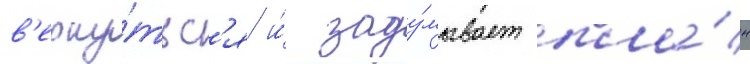
в'ерну́тьс'я и́ заду́мывает пла́н